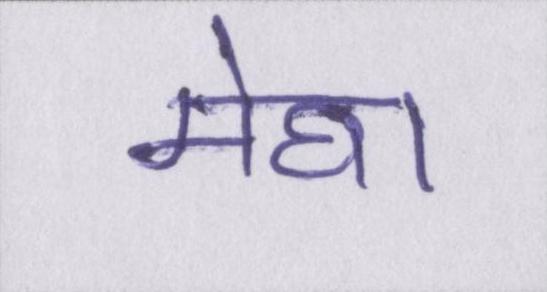
मेघा